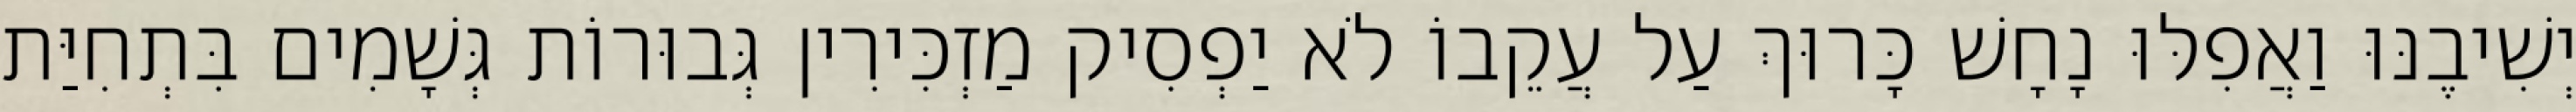
יְשִׁיבֶנּוּ וַאֲפִלּוּ נָחָשׁ כָּרוּךְ עַל עֲקֵבוֹ לֹא יַפְסִיק מַזְכִּירִין גְּבוּרוֹת גְּשָׁמִים בִּתְחִיַּת